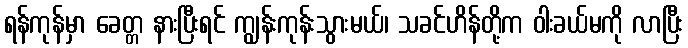
ရန်ကုန်မှာ ခေတ္တ နားပြီးရင် ကျွန်းကုန်းသွားမယ်၊ သခင်ဟိန်တို့က ဝါးခယ်မကို လာပြီး